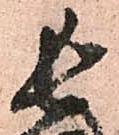
長